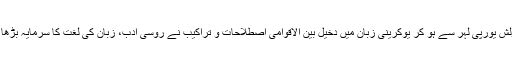
’’پولش یورپی لہر سے ہو کر یوکرینی زبان میں دخیل بین الاقوامی اصطلاحات و تراکیب نے روسی ادب، زبان کی لغت کا سرمایہ بڑھا دیا۔